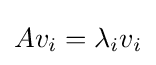
Av_{i}=\lambda _{i}v_{i}